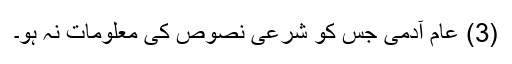
(3) عام آدمی جس کو شرعی نصوص کی معلومات نہ ہو۔